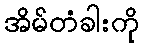
အိမ်တံခါးကို